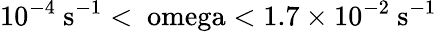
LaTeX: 10^{-4}~\mathrm{{s^{-1}}<\ omega<1.7\times 10^{-2}~\mathrm{{s^{-1}}}}